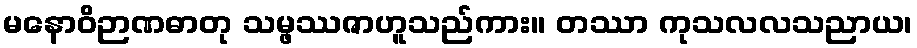
မနောဝိဉာဏဓာတု သမ္ဖဿဇာဟူသည်ကား။ တဿာ ကုသလလသညာယ၊